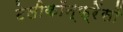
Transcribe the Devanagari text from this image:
टेलीकॉन्फ्रेंसों